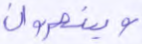
وينصرون